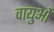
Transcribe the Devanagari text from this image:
वायुओं